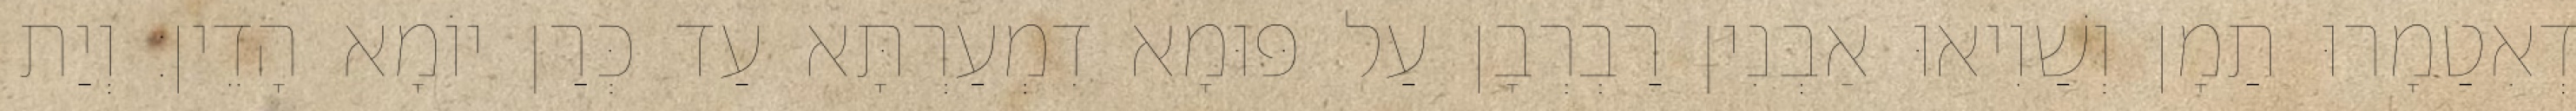
דְאִטַמָרוּ תַמָן וְשַׁוִיאוּ אַבְנִין רַבְרְבָן עַל פּוּמָא דִמְעַרְתָּא עַד כְּרַן יוֹמָא הָדֵין׃ וְיַת